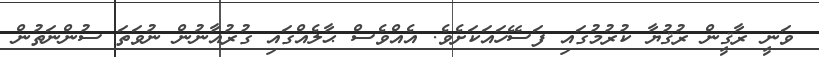
ވަނީ ރާޤީން ރުޤުޔާ ކުރުމުގައި ފަސޭހައަކަށެވެ. އެއްވެސް ޙާލެެއްގައި ގުރުއާނުން ނުވަތަ ސުންނަތުން